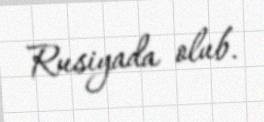
Rusiyada olub.